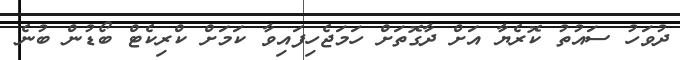
ދުވަހު ސައުތު ކޮރެޔާ އަށް ދާގޮތަށް ހަމަޖެހިފައިވާ ކަމަށް ކްރިކެޓް ބޯޑުން ބުނެ